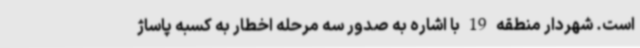
است. شهردار منطقه 19 با اشاره به صدور سه مرحله اخطار به کسبه پاساژ